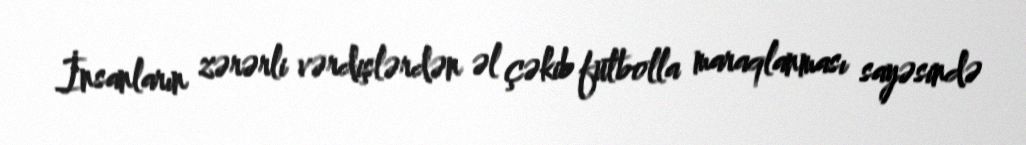
İnsanların zərərli vərdişlərdən əl çəkib futbolla maraqlanması sayəsində